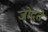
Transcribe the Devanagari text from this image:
जोद्ते